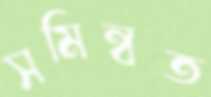
সমিন্বত